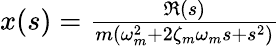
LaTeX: \begin{array}{r}{x(s)=\frac{\Re(s)}{m(\omega_{m}^{2}+2\zeta_{m}\omega_{m}s+s^{2})}}\end{array}